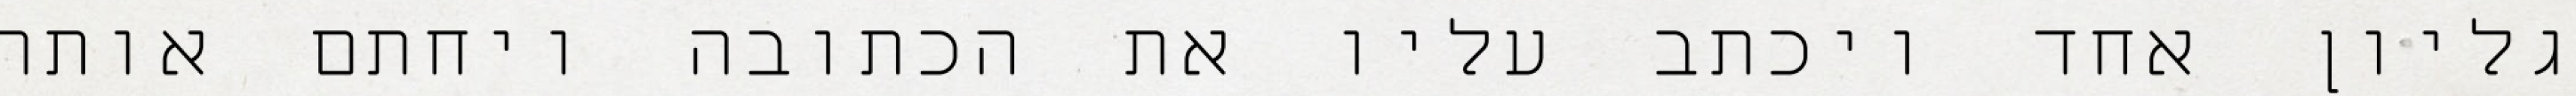
גליון אחד ויכתב עליו את הכתובה ויחתם אותה